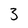
Character: 3